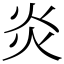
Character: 炎